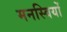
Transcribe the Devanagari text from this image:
मनस्वियों